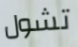
تشول